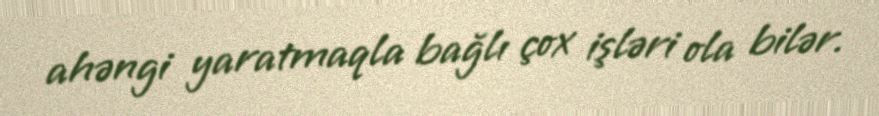
ahəngi yaratmaqla bağlı çox işləri ola bilər.